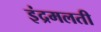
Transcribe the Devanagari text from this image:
इंद्रमलती